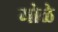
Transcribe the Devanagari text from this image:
मोळे